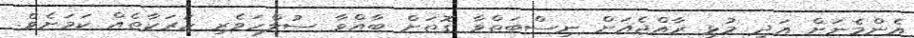
އެންމެނަށް އަދި މުޅި ރާއްޖެއަށް ނިސްބަތްވާ ގޮތަށް ބާއްވާ ސުލްހަވެރި ހަރަކާތެއް ކަމަށެވެ.